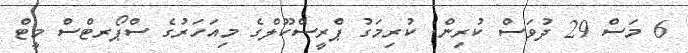
6 މަސް 29 ދުވަސް ކުރިން. ކުރިމަގު ޕްރީސްކޫލްގެ މިއަހަރުގެ ސްޕޯރޓްސް މީޓް